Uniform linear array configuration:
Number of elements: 12
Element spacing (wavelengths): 1
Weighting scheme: hann
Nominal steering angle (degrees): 30
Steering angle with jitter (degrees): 30.569
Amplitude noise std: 0.05
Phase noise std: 0.05

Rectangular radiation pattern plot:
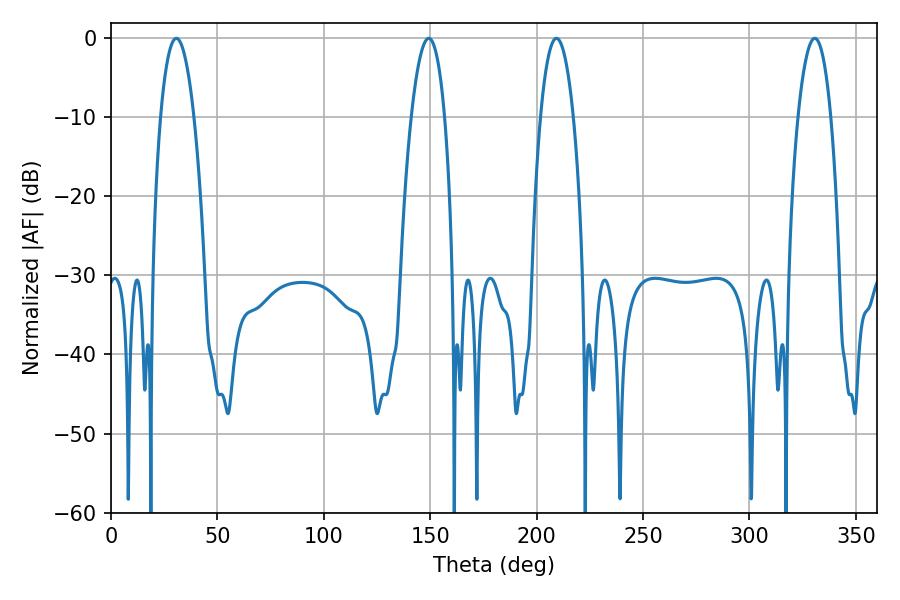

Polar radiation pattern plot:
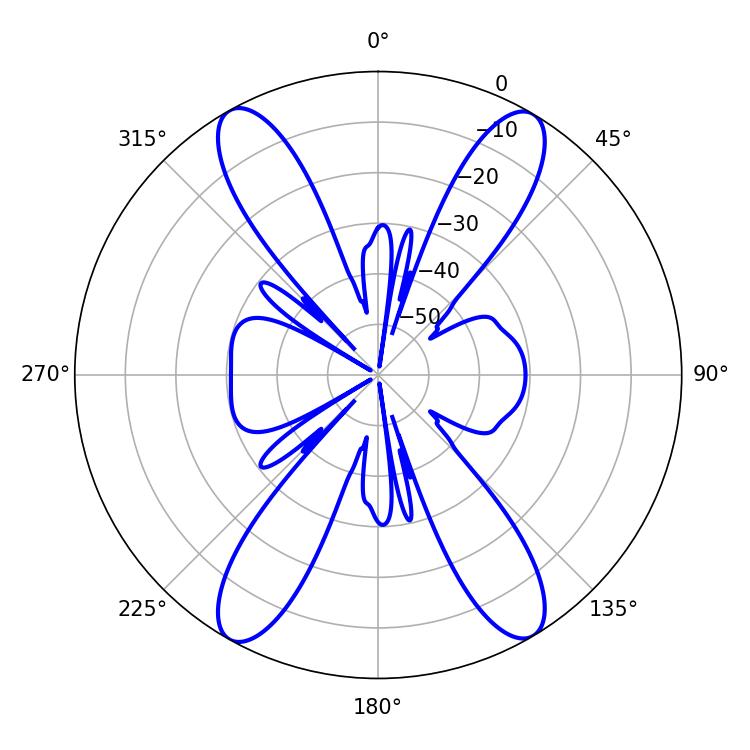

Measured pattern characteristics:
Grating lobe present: TRUE
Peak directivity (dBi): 23.146
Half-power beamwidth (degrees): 8.64
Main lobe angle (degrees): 209.34